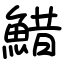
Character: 䱜